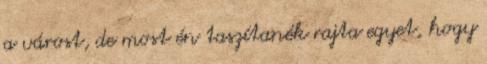
a várost, de most én taszítanék rajta egyet, hogy